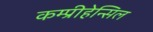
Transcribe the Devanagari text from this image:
कम्प्रीहेन्सिल